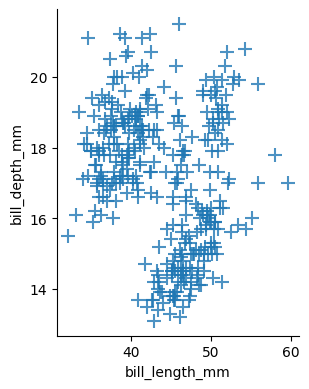
python, seaborn, lmplot, aspect=0.8, order=2, markers='+'